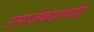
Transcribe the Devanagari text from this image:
उत्सर्जकडायोड